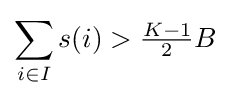
\sum _{i\in I}s(i)>{\tfrac {K-1}{2}}B